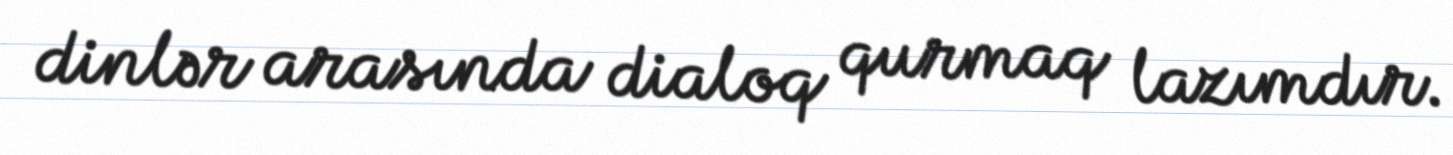
dinlər arasında dialoq qurmaq lazımdır.